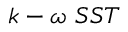
k - \omega \ S S T